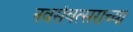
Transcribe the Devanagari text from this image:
नवसंवत्सराच्या